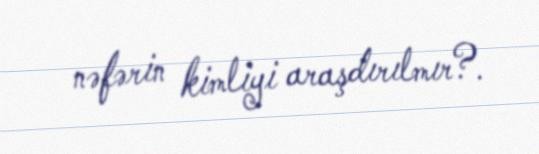
nəfərin kimliyi araşdırılmır?.